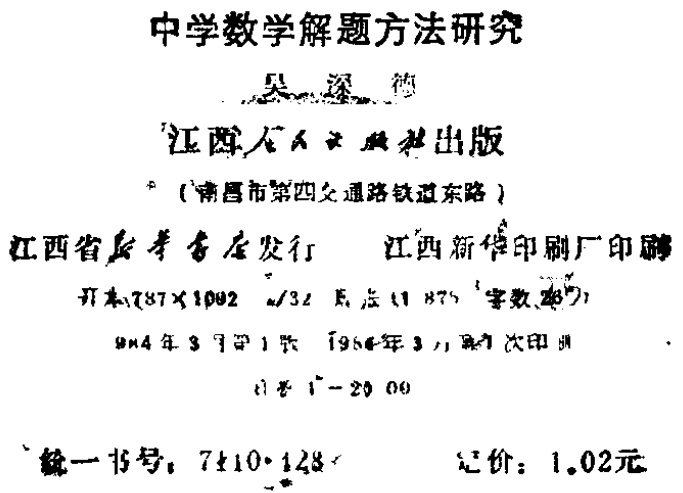
中学数学解题方法研究

吴 深 德

江西人民出版社出版

（南昌市第四交通路铁道东路）

江西省新华书店发行 江西新华印刷厂印刷

开本\(787\times1092\) \(1/32\) 印张\(11.875\) 字数（未完整识别）

1984年3月第1版 1984年3月第1次印刷

印数\(1 - 20000\)

统一书号：\(7110\cdot128\) 定价：\(1.02\)元